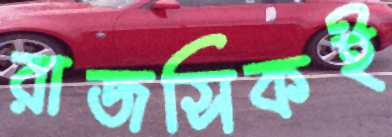
রাজসিকই